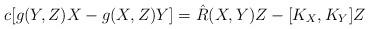
LaTeX: \begin{align*}c[g(Y,Z)X-g(X,Z)Y]=\hat R(X,Y)Z-[K_X,K_Y]Z\end{align*}